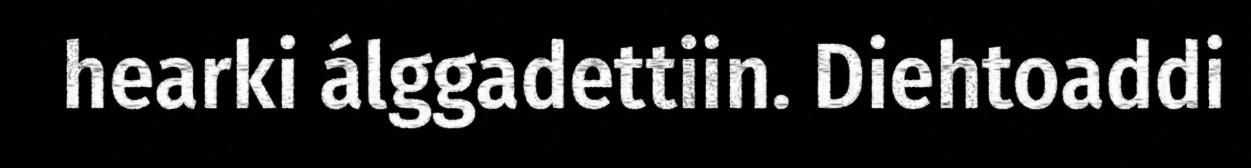
hearki álggadettiin. Diehtoaddi